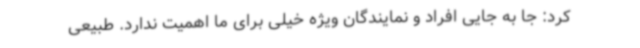
کرد: جا به جایی افراد و نمایندگان ویژه خیلی برای ما اهمیت ندارد. طبیعی